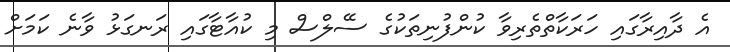
އެ ދާއިރާގައި ހަރަކާތްތެރިވާ ކުންފުނިތަކުގެ ސޭލްސް މި ކުއާޓާގައި ރަނގަޅު ވާނެ ކަމަށް